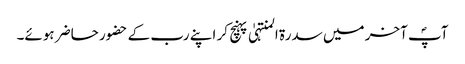
آپؐ آخر میں سدرۃ المنتہیٰ پہنچ کر اپنے رب کے حضور حاضر ہوئے۔